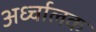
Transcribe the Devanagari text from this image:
अर्ध्चालक